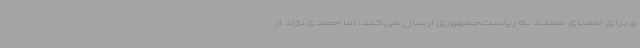
و برای امضای مجدد به ریاست‌جمهوری ارسال می‌کند، اما احمدی‌نژاد از